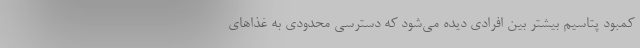
کمبود پتاسیم بیشتر بین افرادی دیده می‌شود که دسترسی محدودی به غذا‌های